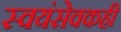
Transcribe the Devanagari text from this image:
स्वयंसेवकही